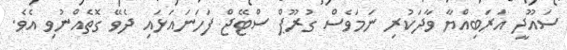
ސައޫދީ އަރަބިއްޔާ ވާދަކުރި ނަމަވެސް ގުރޫޕް ސްޓޭޖް ފަހަނައަޅައި ދެވޭ ގޮތެއްނުވި އެވެ.